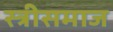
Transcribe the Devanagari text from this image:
स्त्रीसमाज